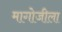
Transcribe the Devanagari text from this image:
मागोजीला